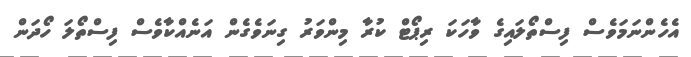
އެހެންނަމަވެސް ފިސްތޯލައިގެ ވާހަކަ ރިޕޯޓް ކުރާ މިންވަރު ގިނަވެގެން އަނެއްކާވެސް ފިސްތޯލަ ހޯދަން